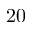
2 0